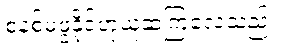
စနစ်မဖွဲ့နိုင်ဟုယူဆကြလေသည်။